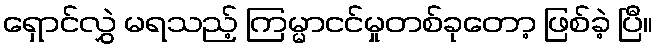
ရှောင်လွှဲ မရသည့် ကြမ္မာငင်မှုတစ်ခုတော့ ဖြစ်ခဲ့ ပြီ။